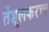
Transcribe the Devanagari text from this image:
तेंडूलकरचा